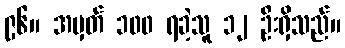
၉၆။ အမှတ် ၁၀၀ ရခဲ့သူ ၁၂ ဦးရှိသည်။